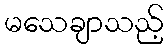
မသေချာသည့်